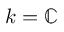
k = \mathbb { C }